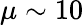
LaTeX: \mu\sim 10